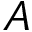
A